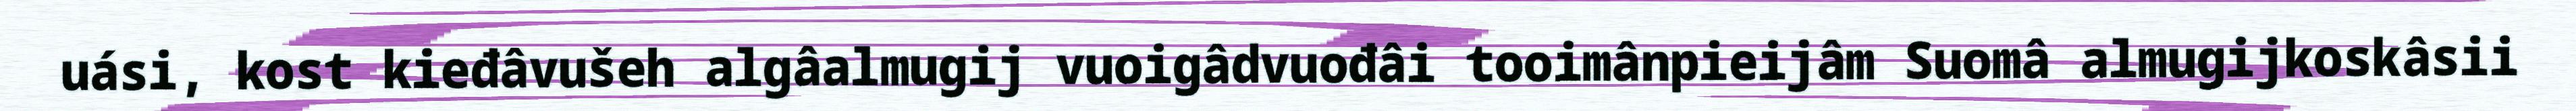
uási, kost kieđâvušeh algâalmugij vuoigâdvuođâi tooimânpieijâm Suomâ almugijkoskâsii